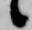
候